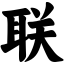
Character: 联